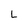
Character: L